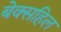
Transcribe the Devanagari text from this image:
बेक्सहिल